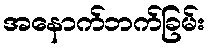
အနောက်ဘက်ခြမ်း